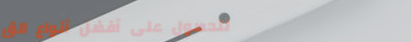
للحصول على أفضل أنواع الق